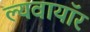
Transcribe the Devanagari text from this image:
ल्यवायॉर